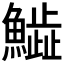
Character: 𩻩